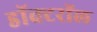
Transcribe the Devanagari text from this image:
डॉक्टरॉल